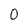
Character: 0